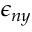
\epsilon _ { n y }